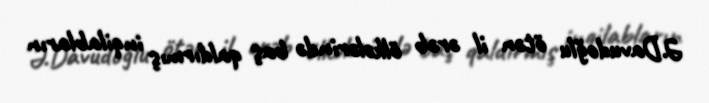
Ə.Davudoğlu ötən il ərəb ölkələrində baş qaldırmış inqilabların